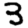
Digit: 3